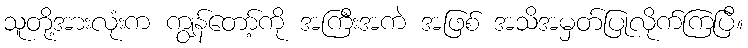
သူတို့အားလုံးက ကျွန်တော့်ကို အကြီးအကဲ အဖြစ် အသိအမှတ်ပြုလိုက်ကြပြီ။